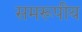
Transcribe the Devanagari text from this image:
समरूपीय